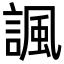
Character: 諷